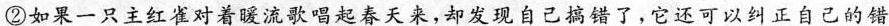
②如果一只主红雀对着暖流歌唱起春天来，却发现自己搞错了，它还可以纠正自己的错。